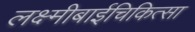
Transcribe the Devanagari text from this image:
लक्ष्मीबाईचिकित्सा